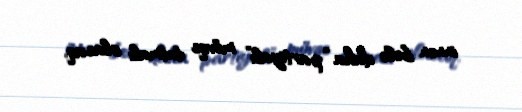
innən belə daha “partiyalı” mövqe tutmalı olacaq.